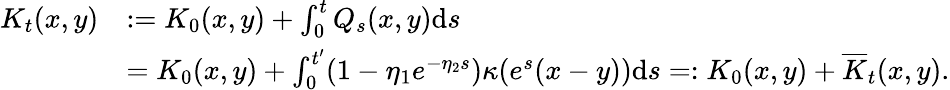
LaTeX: \begin{array}{rl}{K_{t}(x,y)}&{:=K_{0}(x,y)+\int_{0}^{t}Q_{s}(x,y)\mathrm{d}s}\\ &{=K_{0}(x,y)+\int_{0}^{t^{\prime}}(1-\eta_{1}e^{-\eta_{2}s})\kappa(e^{s}(x-y))\mathrm{d}s=:K_{0}(x,y)+\overline{K}_{t}(x,y).}\end{array}